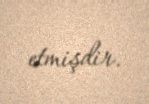
etmişdir.